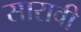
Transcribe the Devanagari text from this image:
सारावी